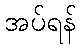
အပ်ရန်